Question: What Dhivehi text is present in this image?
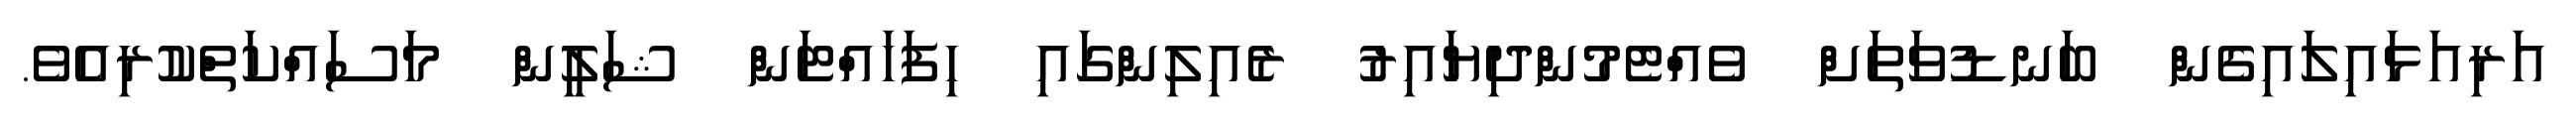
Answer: އަރިއަޅައިލައިގެން ބަނޑުވަތަށް ވެއްޓެމުންދިޔައިރު ރެއިލިންގައި ހިފަހައްޓަން ޝަލީން މަސައްކަތްކުރިއެވެ.